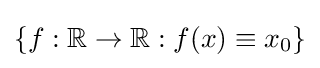
\{f:\mathbb {R} \to \mathbb {R} :f(x)\equiv x_{0}\}